Document type: Sale
Year: 1323
Scribe: Guillem Coscoll
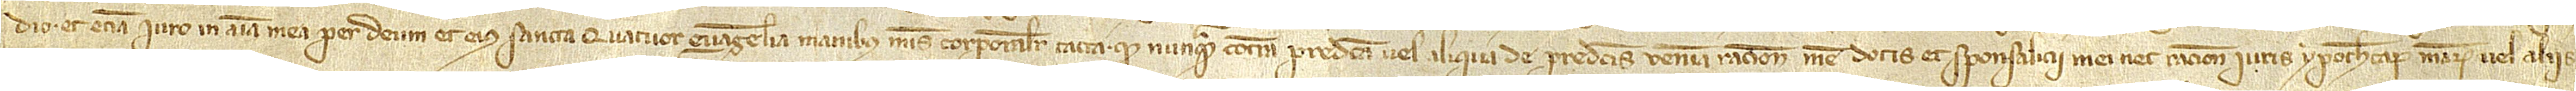
dio et etiam iuro in anima mea per Deum et eius sancta quatuor Evangelia, manibus meis corporalite tacta, quod nunquam contra predicta vel aliqua de predictis veniam ratione mee dotis et sponsalicii mei nec ratione iuris ypothecarum mearum vel aliis